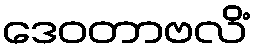
ဒေဝတာဗလိံ